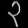
Digit: ၃